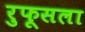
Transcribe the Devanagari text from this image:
रुफूसला